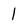
Character: 1